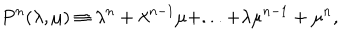
LaTeX: P ^ { n } ( \lambda , \mu ) \equiv \lambda ^ { n } + \lambda ^ { n - 1 } \mu + . . . + \lambda \mu ^ { n - 1 } + \mu ^ { n } ,